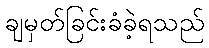
ချမှတ်ခြင်းခံခဲ့ရသည်